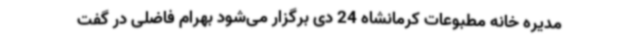
مدیره خانه مطبوعات کرمانشاه 24 دی برگزار می‌شود بهرام فاضلی در گفت